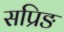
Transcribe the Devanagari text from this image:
सप्रिङ